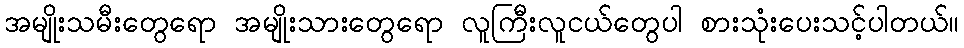
အမျိုးသမီးတွေရော အမျိုးသားတွေရော လူကြီးလူငယ်တွေပါ စားသုံးပေးသင့်ပါတယ်။